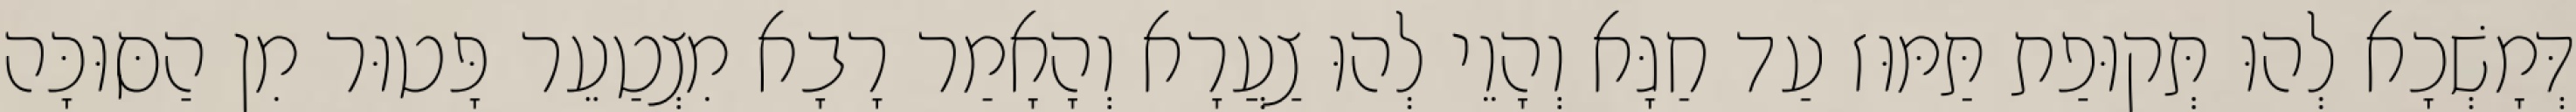
דְּמָשְׁכָא לְהוּ תְּקוּפַת תַּמּוּז עַד חַגָּא וְהָוֵי לְהוּ צַעֲרָא וְהָאָמַר רָבָא מִצְטַעֵר פָּטוּר מִן הַסּוּכָּה